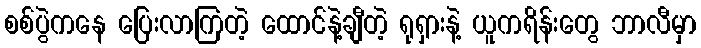
စစ်ပွဲကနေ ပြေးလာကြတဲ့ ထောင်နဲ့ချီတဲ့ ရုရှားနဲ့ ယူကရိန်းတွေ ဘာလီမှာ